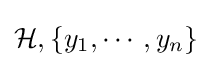
{\mathcal {H}},\{y_{1},\cdots ,y_{n}\}